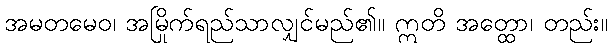
အမတမေဝ၊ အမြိုက်ရည်သာလျှင်မည်၏။ ဣတိ အတ္ထော၊ တည်း။